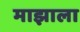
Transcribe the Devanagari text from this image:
माझाला